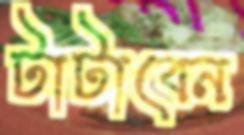
টাটাবেন